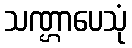
သဏ္ဌာပေသုံ